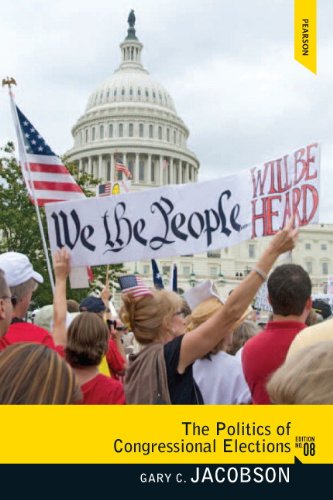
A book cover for Politics of Congressional Elections; Gary C. Jacobson; Politics & Social Sciences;